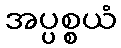
အပ္ပစ္စယံ